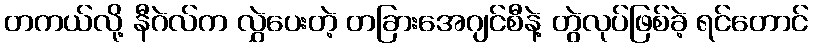
တကယ်လို့ နီဂဲလ်က လွှဲပေးတဲ့ တခြားအေဂျင်စီနဲ့ တွဲလုပ်ဖြစ်ခဲ့ ရင်တောင်